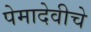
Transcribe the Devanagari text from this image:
पेमादेवीचे